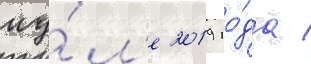
иу́л'е 2019 го́да /